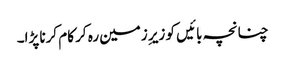
چنانچہ بائیں کو زیرِ زمین رہ کر کام کرنا پڑا۔